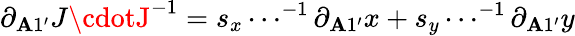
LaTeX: \partial_{\mathbf{A}1^{\prime}}J\cdotJ^{-1}=s_{x}\cdots^{-1}\partial_{\mathbf{A}1^{\prime}}x+s_{y}\cdots^{-1}\partial_{\mathbf{A}1^{\prime}}y